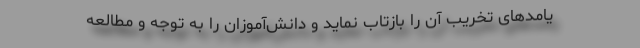
یامدهای تخریب آن را بازتاب نماید و دانش‌آموزان را به توجه و مطالعه